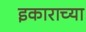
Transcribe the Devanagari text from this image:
इकाराच्या